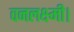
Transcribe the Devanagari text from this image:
वनलक्ष्मी।